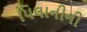
પિલાનીની